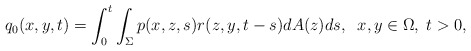
\begin{align*}q_0(x,y,t)=\int_0^t\int_\Sigma p(x,z,s)r(z,y,t-s)dA(z)ds,\;\; x,y\in \Omega ,\; t>0,\end{align*}